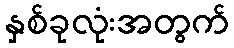
နှစ်ခုလုံးအတွက်